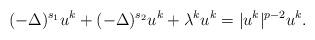
LaTeX: \begin{align*} (-\Delta)^{s_1} u^k +(-\Delta)^{s_2} u^k + \lambda^k u^k=|u^k|^{p-2} u^k.\end{align*}